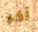
آخر